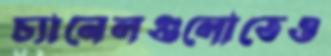
চ্যানেলগুলোতেও